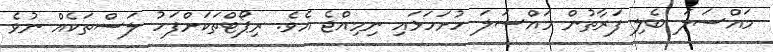
މައްސަލަ ބެލި ފަރާތުން މައްސަލަ ހުށަހަޅައި ނިމިއްޖެ އެވެ. ރިޕޯޓްތަކަށްފަހު ލަސްތަކެއް ނުވެ